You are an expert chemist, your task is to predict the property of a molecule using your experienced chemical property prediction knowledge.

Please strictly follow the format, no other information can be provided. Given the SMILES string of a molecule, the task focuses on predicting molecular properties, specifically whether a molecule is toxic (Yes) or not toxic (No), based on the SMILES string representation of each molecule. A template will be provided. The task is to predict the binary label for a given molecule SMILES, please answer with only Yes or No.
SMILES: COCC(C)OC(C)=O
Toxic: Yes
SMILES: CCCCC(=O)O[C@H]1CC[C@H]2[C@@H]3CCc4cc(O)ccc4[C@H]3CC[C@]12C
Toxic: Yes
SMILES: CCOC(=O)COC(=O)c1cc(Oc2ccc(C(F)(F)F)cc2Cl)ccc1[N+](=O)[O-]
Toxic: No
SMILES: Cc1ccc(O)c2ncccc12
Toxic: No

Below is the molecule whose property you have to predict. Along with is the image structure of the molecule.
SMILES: CCc1cccc(C)c1N
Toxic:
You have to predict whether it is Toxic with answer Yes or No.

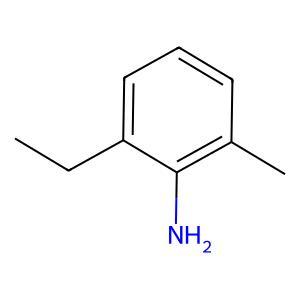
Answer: No